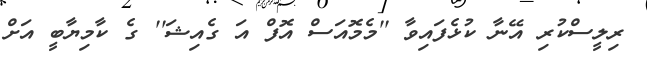
ރިލީސްކުރި އޭނާ ކުޅެފައިވާ ''މެމޮއަސް އޮފް އަ ގެއިޝަ'' ގެ ކާމިޔާބީ އަށް